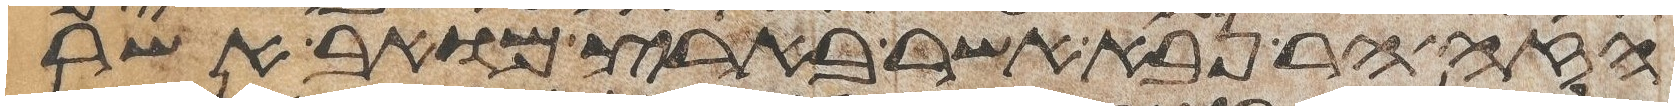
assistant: הזה הר נבא אשר בארץ מואב אשר